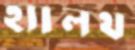
হ্যালথ